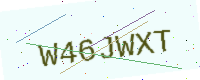
Text: W46JWXT